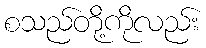
စသည်တို့ကိုလည်း